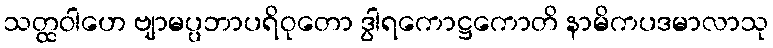
သတ္ထဝါဟေ ဗျာမပ္ပဘာပရိဝုတော ဒွါရကောဋ္ဌကောတိ နာမိကပဒမာလာသု